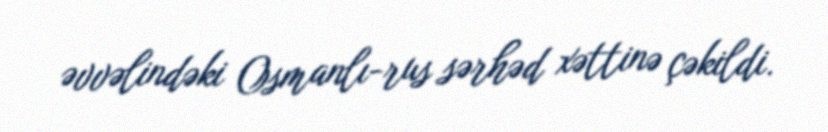
əvvəlindəki Osmanlı-rus sərhəd xəttinə çəkildi.